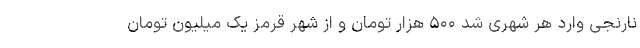
نارنجی وارد هر شهری شد ۵۰۰ هزار تومان و از شهر قرمز یک میلیون تومان